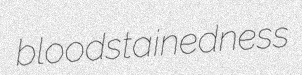
bloodstainedness